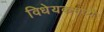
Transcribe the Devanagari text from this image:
विधेयकमध्ये